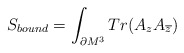
\begin{align*}S_{bound}= \int_{\partial M^3} Tr(A_z A_{\overline{z}})\end{align*}